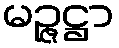
မဉ္ဇဋ္ဌာ